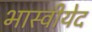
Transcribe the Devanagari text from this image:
भास्वीयेद